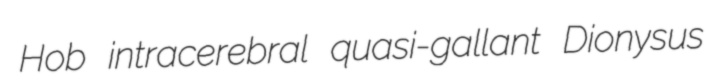
Hob intracerebral quasi-gallant Dionysus